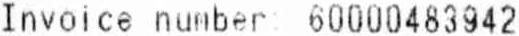
INVOICE NUMBER 60000483942